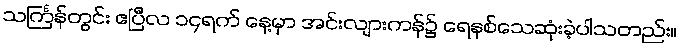
သင်္ကြန်တွင်း ဧပြီလ ၁၄ရက် နေ့မှာ အင်းလျားကန်၌ ရေနစ်သေဆုံးခဲ့ပါသတည်း။